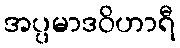
အပ္ပမာဒဝိဟာရီ